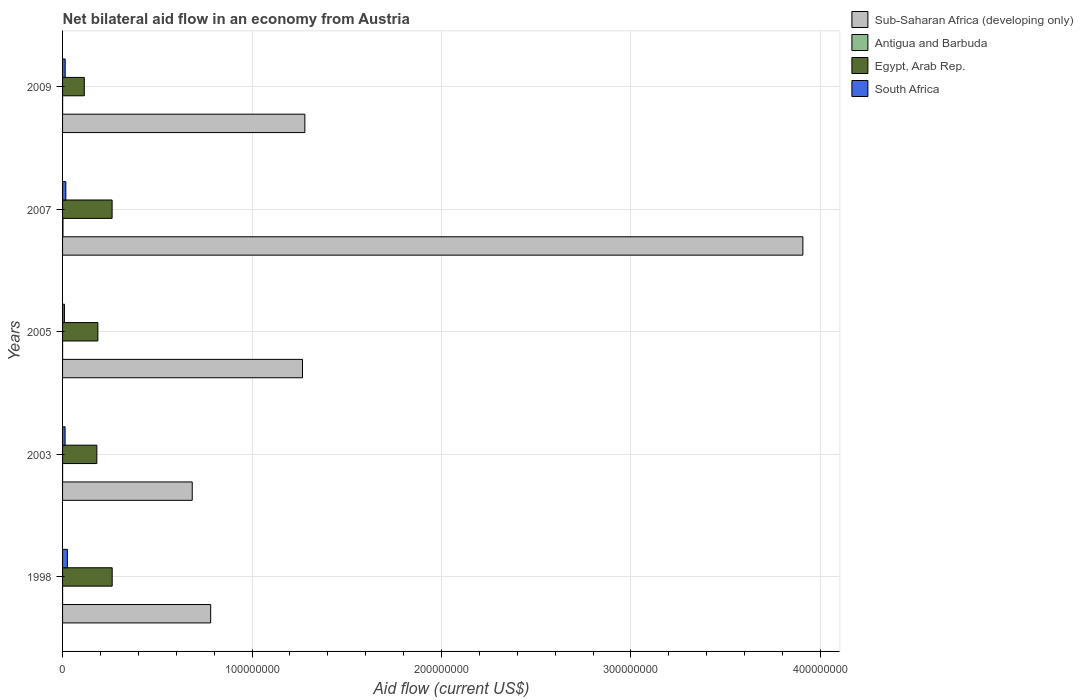
| Years | Sub-Saharan Africa (developing only) | Antigua and Barbuda | Egypt, Arab Rep. | South Africa |
 | --- | --- | --- | --- | --- |
 | 1998 | 7.82e+07 | 1e+04 | 2.62e+07 | 2.54e+06 |
 | 2003 | 6.84e+07 | 1e+04 | 1.81e+07 | 1.33e+06 |
 | 2005 | 1.27e+08 | 1e+04 | 1.86e+07 | 9.9e+05 |
 | 2007 | 3.91e+08 | 2.1e+05 | 2.62e+07 | 1.72e+06 |
 | 2009 | 1.28e+08 | 2e+04 | 1.15e+07 | 1.38e+06 |